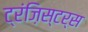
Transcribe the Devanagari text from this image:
ट्रंज़िस्टर्स